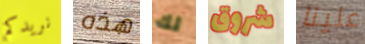
نريدكم هذه لك شروق علينا